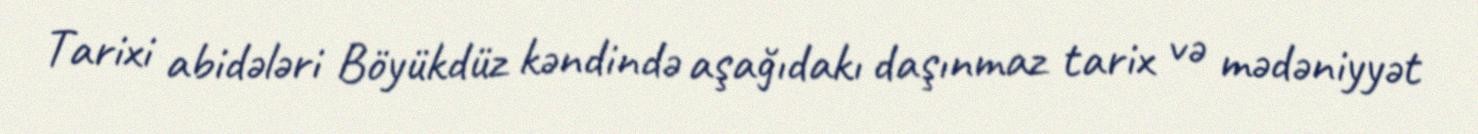
Tarixi abidələri Böyükdüz kəndində aşağıdakı daşınmaz tarix və mədəniyyət